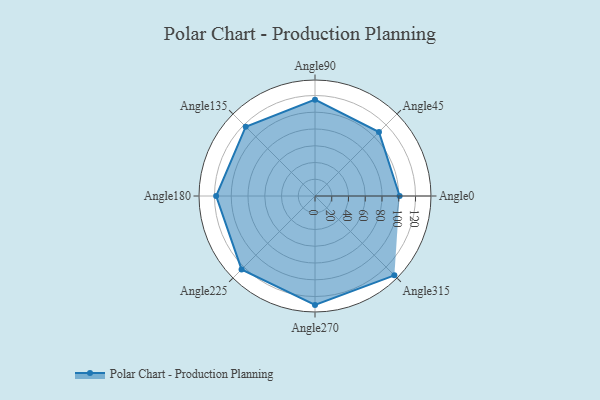
{"axis": {"x": "Angle", "y": "Radius"}, "legend": [""], "data": [{"x": "Angle0", "y": 101.0, "type": ""}, {"x": "Angle45", "y": 108.0, "type": ""}, {"x": "Angle90", "y": 115.0, "type": ""}, {"x": "Angle135", "y": 117.0, "type": ""}, {"x": "Angle180", "y": 118.0, "type": ""}, {"x": "Angle225", "y": 124.0, "type": ""}, {"x": "Angle270", "y": 130.0, "type": ""}, {"x": "Angle315", "y": 134.0, "type": ""}]}